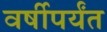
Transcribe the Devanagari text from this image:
वर्षीपर्यंत